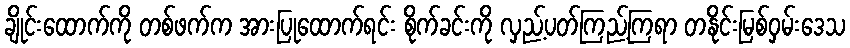
ချိုင်းထောက်ကို တစ်ဖက်က အားပြုထောက်ရင်း စိုက်ခင်းကို လှည့်ပတ်ကြည့်ကြရာ တနိုင်းမြစ်ဝှမ်းဒေသ